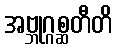
အဗ္ဘုဂ္ဂစ္ဆတီတိ